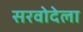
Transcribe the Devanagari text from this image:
सरवोदेला